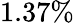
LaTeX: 1.37\%